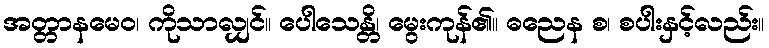
အတ္တာနမေဝ၊ ကိုသာလျှင်။ ပေါသေန္တိ၊ မွေးကုန်၏။ ဓညေန စ၊ စပါးနှင့်လည်း။